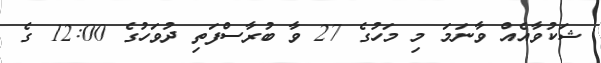
ޝަކުވާއެއް ވާނަމަ މި މަހުގެ 27 ވާ ބުރާސްފަތި ދުވަހުގެ 12:00 ގެ